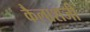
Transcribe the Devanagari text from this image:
कैलाशजी